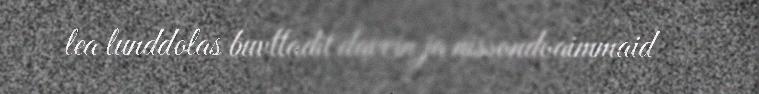
lea lunddolas buvttadit davvin ja nissondoaimmaid